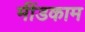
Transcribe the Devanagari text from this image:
मींडकाम